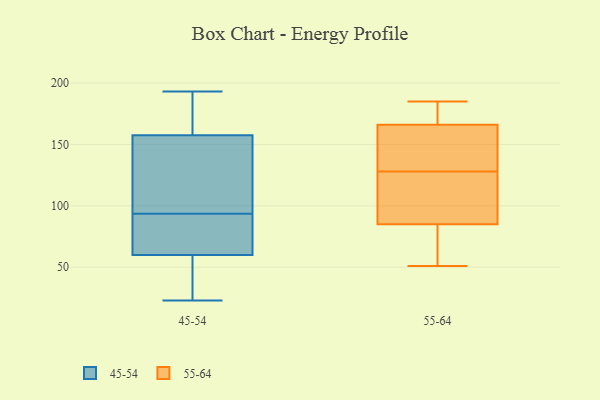
{"axis": {"x": "Gross Profit (USD K)", "y": "Value"}, "legend": ["45-54", "55-64"], "data": [{"x": "", "y": 159, "type": "45-54"}, {"x": "", "y": 53, "type": "45-54"}, {"x": "", "y": 95, "type": "45-54"}, {"x": "", "y": 23, "type": "45-54"}, {"x": "", "y": 92, "type": "45-54"}, {"x": "", "y": 52, "type": "45-54"}, {"x": "", "y": 77, "type": "45-54"}, {"x": "", "y": 47, "type": "45-54"}, {"x": "", "y": 98, "type": "45-54"}, {"x": "", "y": 193, "type": "45-54"}, {"x": "", "y": 80, "type": "45-54"}, {"x": "", "y": 174, "type": "45-54"}, {"x": "", "y": 156, "type": "45-54"}, {"x": "", "y": 109, "type": "45-54"}, {"x": "", "y": 120, "type": "45-54"}, {"x": "", "y": 32, "type": "45-54"}, {"x": "", "y": 186, "type": "45-54"}, {"x": "", "y": 181, "type": "45-54"}, {"x": "", "y": 67, "type": "45-54"}, {"x": "", "y": 69, "type": "45-54"}, {"x": "", "y": 85, "type": "55-64"}, {"x": "", "y": 59, "type": "55-64"}, {"x": "", "y": 51, "type": "55-64"}, {"x": "", "y": 123, "type": "55-64"}, {"x": "", "y": 146, "type": "55-64"}, {"x": "", "y": 113, "type": "55-64"}, {"x": "", "y": 185, "type": "55-64"}, {"x": "", "y": 166, "type": "55-64"}, {"x": "", "y": 171, "type": "55-64"}, {"x": "", "y": 133, "type": "55-64"}]}